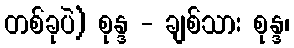
တစ်ခုပဲ) စုန္ဒ - ချစ်သား စုန္ဒ၊